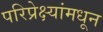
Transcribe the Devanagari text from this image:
परिप्रेक्ष्यांमधून